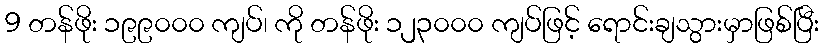
9 တန်ဖိုး ၁၉၉၀၀၀ ကျပ်၊ ကို တန်ဖိုး ၁၂၃၀၀၀ ကျပ်ဖြင့် ရောင်းချသွားမှာဖြစ်ပြီး